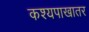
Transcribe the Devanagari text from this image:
कश्यपाखातर